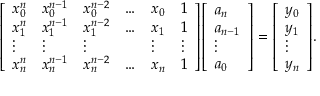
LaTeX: { \left[ \begin{array} { l l l l l l } { x _ { 0 } ^ { n } } & { x _ { 0 } ^ { n - 1 } } & { x _ { 0 } ^ { n - 2 } } & { \ldots } & { x _ { 0 } } & { 1 } \\ { x _ { 1 } ^ { n } } & { x _ { 1 } ^ { n - 1 } } & { x _ { 1 } ^ { n - 2 } } & { \ldots } & { x _ { 1 } } & { 1 } \\ { \vdots } & { \vdots } & { \vdots } & { } & { \vdots } & { \vdots } \\ { x _ { n } ^ { n } } & { x _ { n } ^ { n - 1 } } & { x _ { n } ^ { n - 2 } } & { \ldots } & { x _ { n } } & { 1 } \end{array} \right] } { \left[ \begin{array} { l } { a _ { n } } \\ { a _ { n - 1 } } \\ { \vdots } \\ { a _ { 0 } } \end{array} \right] } = { \left[ \begin{array} { l } { y _ { 0 } } \\ { y _ { 1 } } \\ { \vdots } \\ { y _ { n } } \end{array} \right] } .